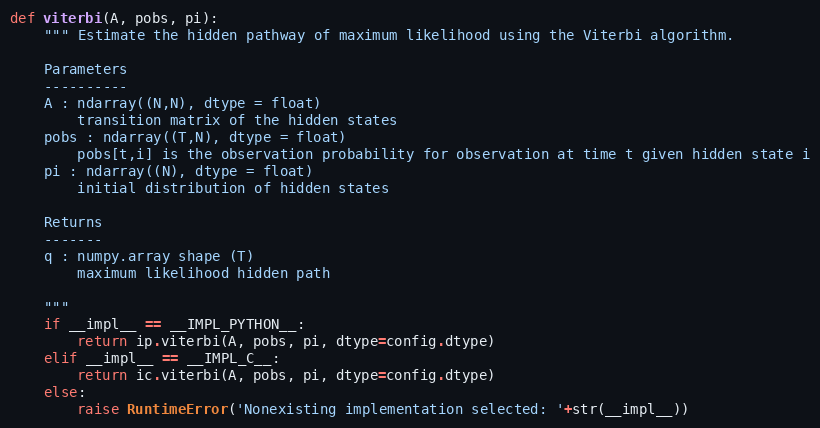
Language: Python
def viterbi(A, pobs, pi):
    """ Estimate the hidden pathway of maximum likelihood using the Viterbi algorithm.

    Parameters
    ----------
    A : ndarray((N,N), dtype = float)
        transition matrix of the hidden states
    pobs : ndarray((T,N), dtype = float)
        pobs[t,i] is the observation probability for observation at time t given hidden state i
    pi : ndarray((N), dtype = float)
        initial distribution of hidden states

    Returns
    -------
    q : numpy.array shape (T)
        maximum likelihood hidden path

    """
    if __impl__ == __IMPL_PYTHON__:
        return ip.viterbi(A, pobs, pi, dtype=config.dtype)
    elif __impl__ == __IMPL_C__:
        return ic.viterbi(A, pobs, pi, dtype=config.dtype)
    else:
        raise RuntimeError('Nonexisting implementation selected: '+str(__impl__))